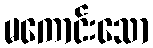
မကောင်းသော